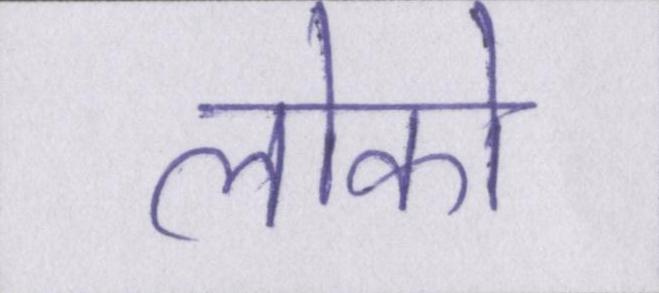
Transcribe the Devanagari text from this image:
लोको